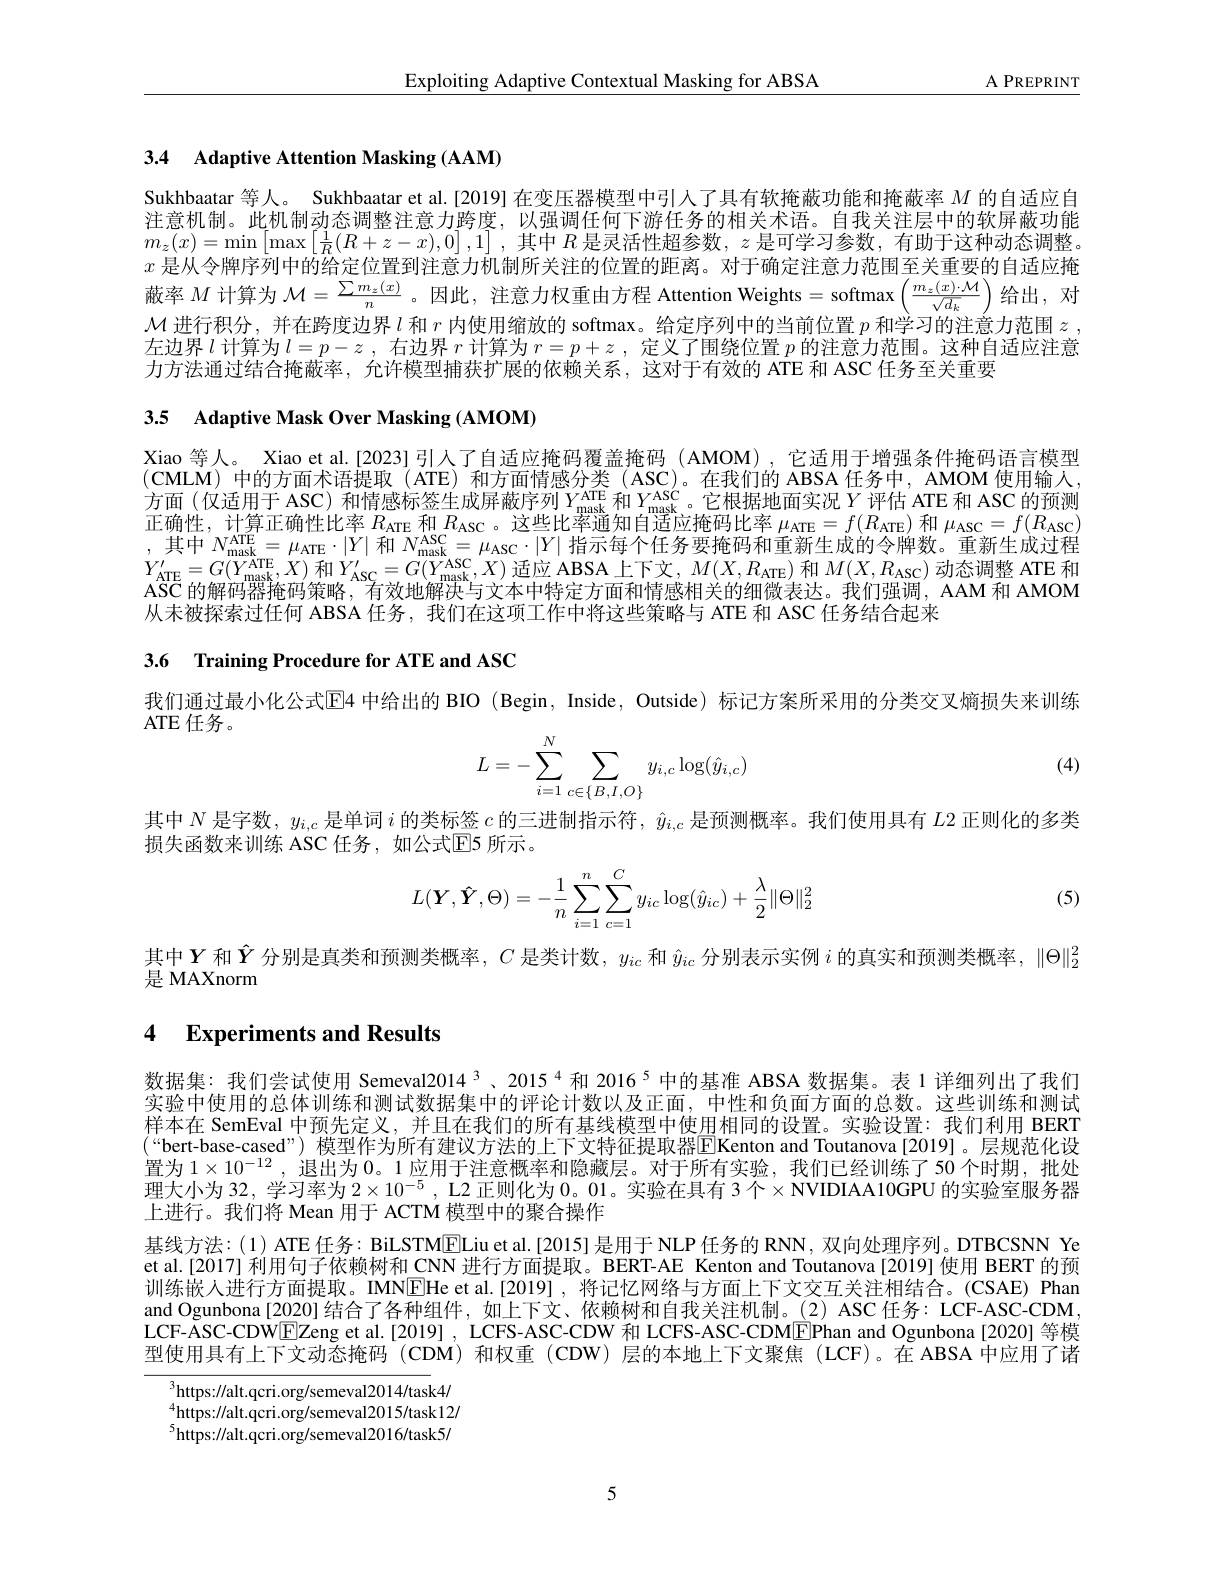
$\underline{{\mathrm{Exploiting~Adaptive~Contextual~Masking~for~ABSA}}}$

$\underline{\mathrm{A~PREPRINT}}$

3.4 Adaptive Attention Masking (AAM)

Sukhbaatar 等人。Sukhbaatar et al.[2019] 在变压器模型中引入了具有软掩蔽功能和掩蔽率$M$的自适应自注意机制。此机制动态调整注意力跨度，以强调任何下游任务的相关术语。自我关注层中的软屏蔽功能$m_z(x)=\operatorname*{min}\left[\max\left[\frac1R(R+z-x),0\right],1\right]$,其中$R$是灵活性超参数$,z$是可学习参数，有助于这种动态调整。$x$是从令牌序列中的给定位置到注意力机制所关注的位置的距离。对于确定注意力范围至关重要的自适应掩蔽 率 $M$ 计 算 为 $\mathcal{M} = \frac {\sum m_z( x) }n$。因 此 , 注 意 力 权 重 由 方 程 Attention Weights=softmax$\left ( \frac {m_z( x) \cdot \mathcal{M} }{\sqrt {d_k}}\right )$给 出 , 对 $\mathcal{M}$ 进 行 积 分 , 并 在 跨 度 边 界 $l$ 和 $r$ 内 使 用 缩 放 的 softmax。给 定 序 列 中 的 当 前 位 置 $p$ 和 学 习 的 注 意 力 范 围 $z$, 左边界$l$计算为$l=p-z$ ,右边界$r$计算为$r=p+z$ ,定义了围绕位置$p$的注意力范围。这种自适应注意力方法通过结合掩蔽率，允许模型捕获扩展的依赖关系，这对于有效的 ATE 和 ASC 任务至关重要

3.5 Adaptive Mask Over Masking (AMOM)

Xiao 等人。Xiao et al.[2023] 引人了自适应掩码覆盖掩码 (AMOM), 它适用于增强条件掩码语言模型$(\mathbf{CMLM})$中的方面术语提取 (ATE) 和方面情感分类 (ASC)。在我们的 ABSA 任务中，AMOM 使用输人方 面 ( 仅 适 用 于 ASC) 和 情 感 标 签 生 成 屏 蔽 序 列 $Y_{\mathrm{mask}}^{\mathrm{ATE}}$和 $Y_{\mathrm{mask}}^{\mathrm{ASC}}$。它 根 据 地 面 实 况 $Y$评 估 ATE 和 ASC 的 预 测正确性，计算正确性比率$R_\mathrm{ATE}$和$R_\mathrm{ASC}$ 。这些比率通知自适应掩码比率$\mu_\mathrm{ATE}=f(R_\mathrm{ATE})$和$\mu_\mathrm{ASC}=f(R_\mathrm{ASC})$ ,其中$N_\mathrm{maskT}^\mathrm{ATE}=\mu_\mathrm{ATE}\cdot|Y|$和$N_\mathrm{mask}^\mathrm{ASC}=\mu_\mathrm{ASC}\cdot|Y|$指示每个任务要掩码和重新生成的令牌数。重新生成过程$\begin{array}{l}{Y_{\mathrm{ATE}}^{\prime}=G(Y_{\mathrm{mask}}^{\mathrm{ATE}},X)\text{ 和 }Y_{\mathrm{ASC}}^{\prime}=G(Y_{\mathrm{mask}}^{\mathrm{ASC}},X)\text{ 适应 ABSA 上下文},M(X,R_{\mathrm{ATE}})\text{ 和 }M(X,R_{\mathrm{ASC}})\text{ 动态调整 ATE 和}}\\{\mathrm{ASC~的解码器掩码策略，~有效地解决与文本中特定方面和情感相关的细微表达。我们强调，~AAM~和~AMOM}}\end{array}$ 从未被探索过任何 ABSA 任务，我们在这项工作中将这些策略与 ATE 和 ASC 任务结合起来

3.6 Training Procedure for ATE and ASC

我们通过最小化公式$\mathbb{E}$4 中给出的 BIO (Begin, Inside, Outside) 标记方案所采用的分类交叉熵损失来训练

ATE 任务。

(4)
$$L=-\sum_{i=1}^N\sum_{c\in\{B,I,O\}}y_{i,c}\log(\hat{y}_{i,c})$$
其中$N$是字数，$y_i,c$是单词$i$的类标签$c$的三进制指示符，$\hat{y}_i,c$是预测概率。我们使用具有$L$2 正则化的多类
损失函数来训练 ASC 任务，如公式$\mathbb{E}$5 所示。
$$L(\boldsymbol{Y},\boldsymbol{\hat{Y}},\Theta)=-\dfrac{1}{n}\sum_{i=1}^n\sum_{c=1}^Cy_{ic}\log(\hat{y}_{ic})+\dfrac{\lambda}{2}\|\Theta\|_2^2$$
(5)

其中$Y$和$\hat{Y}$分别是真类和预测类概率，$C$是类计数，$y_ic$和$\hat{y}_{ic}$分别表示实例$i$的真实和预测类概率，$\|\Theta\|_2^2$
是 MAXnorm

## 4 Experiments and Results

数据集：我们尝试使用 Semeval2014 3、2015$^{4}$和 2016$^{5}$中的基准 ABSA 数据集。表 1 详细列出了我们实验中使用的总体训练和测试数据集中的评论计数以及正面，中性和负面方面的总数。这些训练和测试样本在 SemEval 中预先定义，并且在我们的所有基线模型中使用相同的设置。实验设置：我们利用 BERT $(“$bert-base-cased”) 模型作为所有建议方法的上下文特征提取器EKenton and Toutanova[2019]。层规范化设置为$1\times10^{-12}$,退出为0。1 应用于注意概率和隐藏层。对于所有实验，我们已经训练了50个时期，批处理大小为 32, 学习率为 $2\times10^{-5}$ , L2 正则化为 0。01。实验在具有 3个$\times$NVIDIAA10GPU 的实验室服务器上进行。我们将 Mean 用于 ACTM 模型中的聚合操作
基线方法：(1) ATE 任务：BiLSTM[E]Liu et al.[2015] 是用于 NLP 任务的 RNN, 双向处理序列。DTBCSNN Ye et al.[2017] 利用句子依赖树和 CNN 进行方面提取。BERT-AE Kenton and Toutanova[2019] 使用 BERT 的预训练嵌人进行方面提取。IMN[E]He et al.[2019] ,将记忆网络与方面上下文交互关注相结合。(CSAE) Phan and Ogunbona [2020] 结合了各种组件，如上下文、依赖树和自我关注机制。(2) ASC 任务：LCF-ASC-CDM LCF-ASC-CDWEZeng et al.[2019] , LCFS-ASC-CDW 和 LCFS-ASC-CDM[EPhan and Ogunbona[2020] 等模型使用具有上下文动态掩码 (CDM) 和权重 (CDW) 层的本地上下文聚焦 (LCF)。在 ABSA 中应用了诸

$^{3}$https://alt.qcri.org/semeval2014/task4/ $^{4}$https://alt.qcri.org/semeval2015/task12/ $^{5}$https://alt.qcri.org/semeval2016/task5/

5